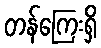
တန်ကြေးရှိ